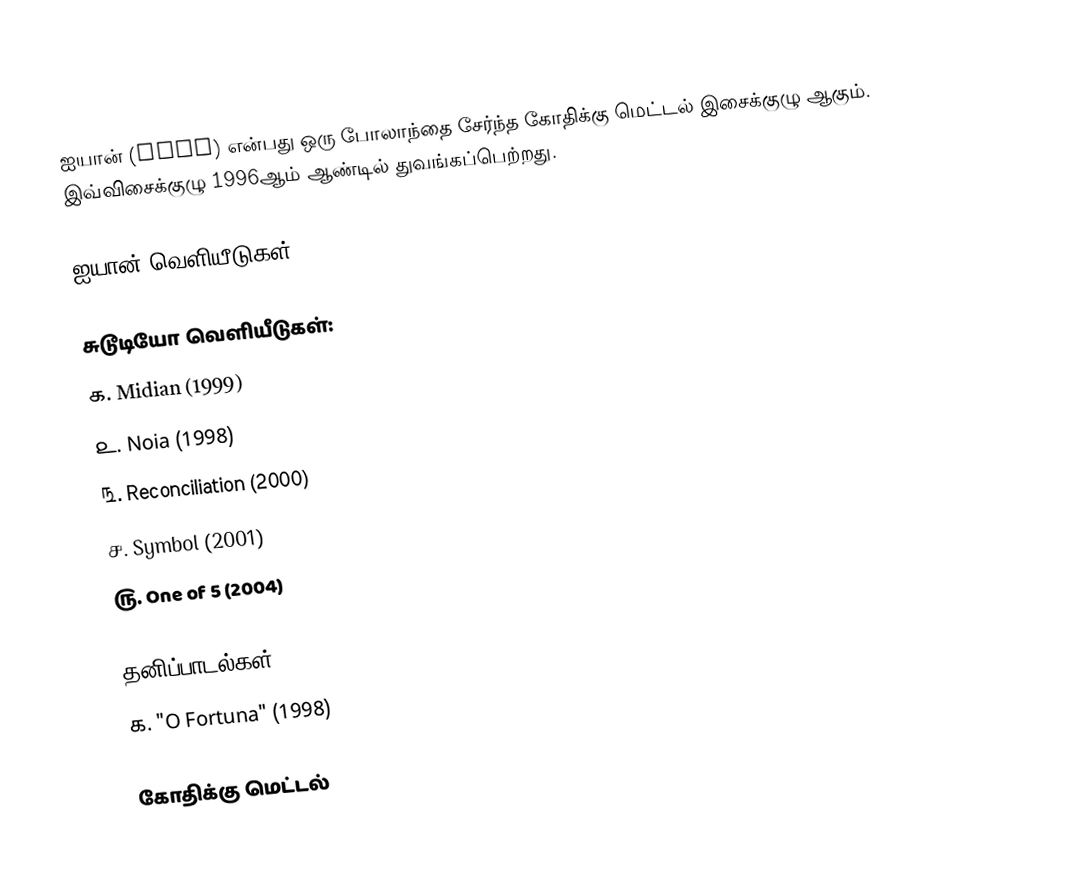
ஐயான் (Aion) என்பது ஒரு போலாந்தை சேர்ந்த கோதிக்கு மெட்டல் இசைக்குழு ஆகும். இவ்விசைக்குழு 1996ஆம் ஆண்டில் துவங்கப்பெற்றது.

ஐயான் வெளியீடுகள்

சுடூடியோ வெளியீடுகள்:
௧. Midian (1999)
௨. Noia (1998)
௩. Reconciliation (2000)
௪. Symbol (2001)
௫. One of 5 (2004)

தனிப்பாடல்கள்:
௧. "O Fortuna" (1998)

கோதிக்கு மெட்டல்